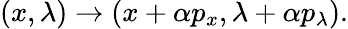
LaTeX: (x,\lambda)\to(x+\alpha p_{x},\lambda+\alpha p_{\lambda}).